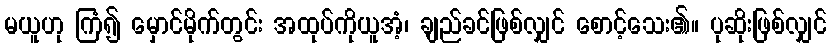
မယူဟု ကြံ၍ မှောင်မိုက်တွင်း အထုပ်ကိုယူအံ့၊ ချည်ခင်ဖြစ်လျှင် စောင့်သေး၏။ ပုဆိုးဖြစ်လျှင်